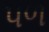
પળ